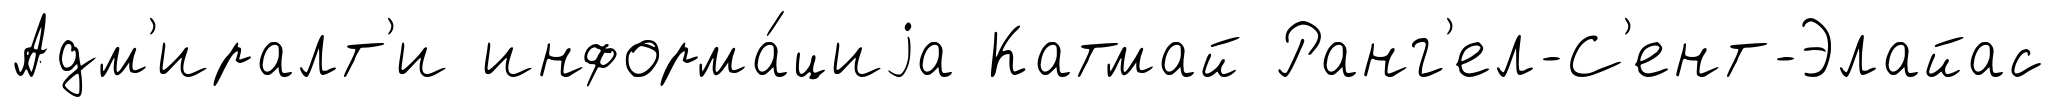
Адм'иралт'и информа́циjа Катмай Ранг'ел-С'ент-Элайас